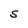
Character: S